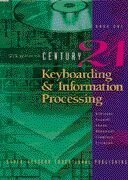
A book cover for CENTURY 21 Keyboarding & Information Processing: Book One, 150 Lessons; Jerry W. Robinson; Business & Money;